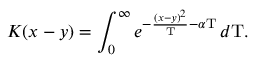
K ( x - y ) = \int _ { 0 } ^ { \infty } e ^ { - { \frac { ( x - y ) ^ { 2 } } { \mathrm { T } } } - \alpha \mathrm { T } } \, d \mathrm { T } .